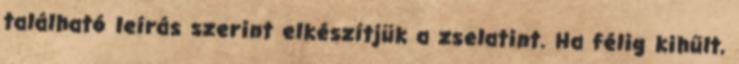
található leírás szerint elkészítjük a zselatint. Ha félig kihűlt,